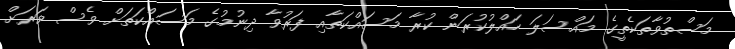
މަސްތުވާތަކެތީގެ މައްސަލަ ހައްލުކުރަން ކުރާ މަސައްކަތާއި ފަރުވާ ދިނުމުގެ މަސައްކަތަށް ވެސް ވަރަށް